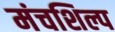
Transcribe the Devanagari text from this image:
मंचशिल्प